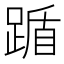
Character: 踲